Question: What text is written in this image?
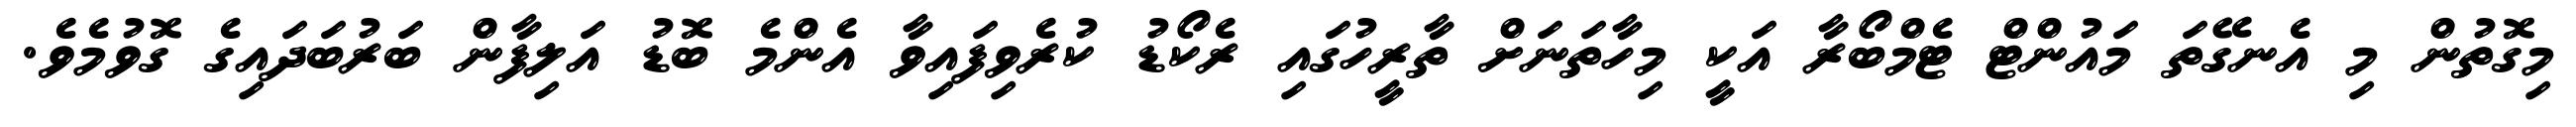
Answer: މިގޮތުން މި އެނގޭތަ މައުންޓް ޓެމްބޯރާ އަކީ މިހާތަނަށް ތާރީހުގައި ރެކޯޑު ކުރެވިފައިވާ އެންމެ ބޮޑު އަލިފާން ބަރުބަދައިގެ ގޮވުމެވެ.